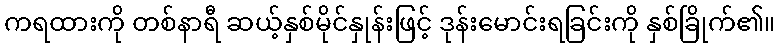
ကရထားကို တစ်နာရီ ဆယ့်နှစ်မိုင်နှုန်းဖြင့် ဒုန်းမောင်းရခြင်းကို နှစ်ခြိုက်၏။